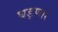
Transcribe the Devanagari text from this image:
घड्णारे